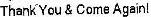
THANK YOU & COME AGAIN!